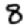
Digit: 8